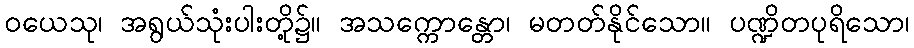
ဝယေသု၊ အရွယ်သုံးပါးတို့၌။ အသက္ကောန္တော၊ မတတ်နိုင်သော။ ပဏ္ဍိတပုရိသော၊